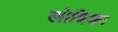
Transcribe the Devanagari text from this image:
लोबिका